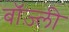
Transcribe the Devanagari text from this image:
बॉज़्ली